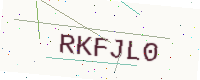
Text: RKFJL0